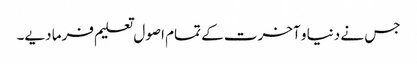
جس نے دنیا و آخرت کے تمام اصول تعلیم فرما دیے۔